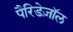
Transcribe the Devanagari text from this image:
पैरिडेज़ॉल